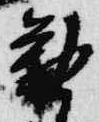
勧